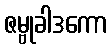
ဇမ္ဗုခါဒကော